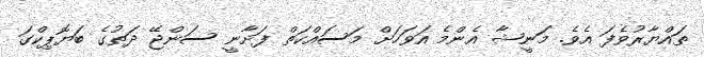
ތައްޔާރުވެފަ އެވެ. މަނީޝާ އެންމެ އަވަހަށް މަސައްކަތް ފަށާނީ ސަންޖޭ ދަތުގެ ބަޔޮޕިކްގަ